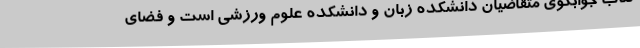
کتاب جوابگوی متقاضیان دانشکده زبان و دانشکده علوم ورزشی است و فضای